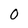
Character: 0